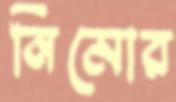
নিমোর